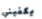
يكفيني